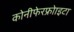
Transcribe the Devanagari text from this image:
कोनीफेरफ्रोाइटा